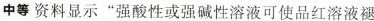
中等资料显示”强酸性或强碱性溶液可使品红溶液褪